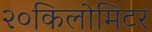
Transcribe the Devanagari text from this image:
२०किलोमिटर